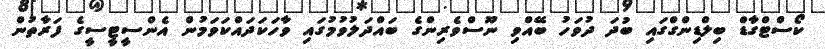
ކޯސްޓްގާޑް ބިލްޑިންގްގައި ބުދަ ދުވަހު ބޭއްވި ނޫސްވެރިންގެ ބައްދަލުވުމުގައި ވާހަކަދައްކަވަމުން އެންސީޓީސީގެ ފަރާތުން